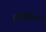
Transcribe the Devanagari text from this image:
होलियम